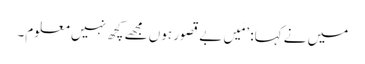
میں نے کہا: ’مَیں بے قصور ہوں مجھے کچھ نہیں معلوم۔